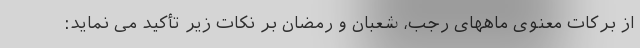
از برکات معنوی ماههای رجب، شعبان و رمضان بر نکات زیر تأکید می نماید: